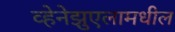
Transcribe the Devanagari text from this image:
व्हेनेझुएलामधील